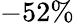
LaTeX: -52\%